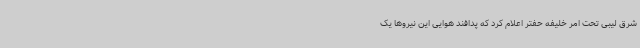
شرق لیبی تحت امر خلیفه حفتر اعلام کرد که پدافند هوایی این نیروها یک